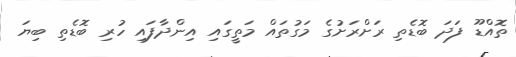
ތޮއްޑޫ ފަދަ ބޮޑެތި ރަށްރަށުގެ މަގުތައް މަތީގައި އިންދާފައި ހުރި ބޮޑެތި ބިޔަ